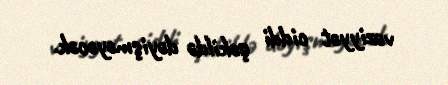
vəziyyət ciddi şəkildə dəyişməyəcək.